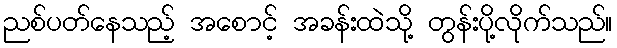
ညစ်ပတ်နေသည့် အစောင့် အခန်းထဲသို့ တွန်းပို့လိုက်သည်။